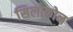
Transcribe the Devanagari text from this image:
सिलोकोन